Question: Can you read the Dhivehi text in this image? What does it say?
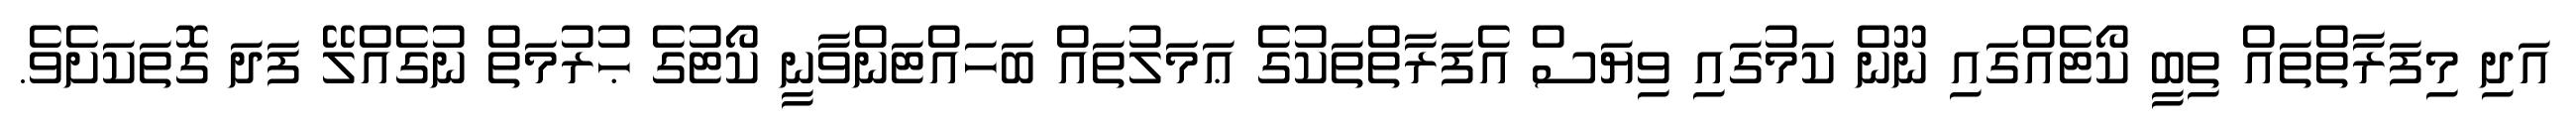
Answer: އަދި މިފަރާތްތައް ތިބީ ކޯޓެއްގައި ނޫން ކަމުގައި ވިޔަސް އެފަރާތްތަކުގެ ޢަމަލުތައް ބަހައްޓަންވާނީ ކޯޓުގެ ޙުރުމަތް ނުގެއްލޭ ފަދަ ގޮތަކަށެވެ.